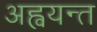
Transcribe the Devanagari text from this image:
अह्वयन्त